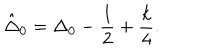
\hat { \Delta } _ { 0 } = \Delta _ { 0 } - \frac { 1 } { 2 } + \frac { k } { 4 } .